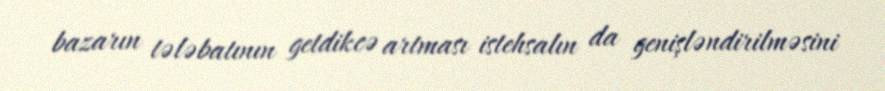
bazarın tələbatının getdikcə artması istehsalın da genişləndirilməsini